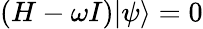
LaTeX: (H-\omega I)|\psi\rangle=0